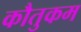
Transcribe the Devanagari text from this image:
कौतुकम